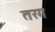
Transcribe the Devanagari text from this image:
तरग